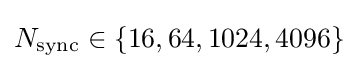
N_{\mathrm {sync} }\in \{16,64,1024,4096\}